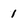
Character: 1